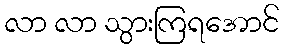
လာ လာ သွားကြရအောင်